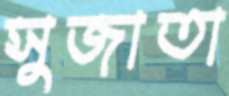
সুজাতা